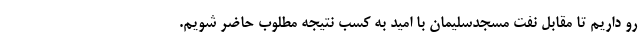
رو داریم تا مقابل نفت مسجدسلیمان با امید به کسب نتیجه مطلوب حاضر شویم.